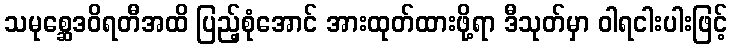
သမုစ္ဆေဒဝိရတီအထိ ပြည့်စုံအောင် အားထုတ်ထားဖို့ရာ ဒီသုတ်မှာ ဝါရငါးပါးဖြင့်